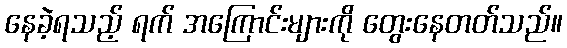
နေခဲ့ရသည့် ရက် အကြောင်းများကို တွေးနေတတ်သည်။